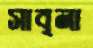
সাবৃনা